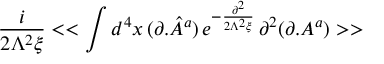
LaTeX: \frac { i } { 2 \Lambda ^ { 2 } \xi } < < \int d ^ { 4 } x \, ( \partial . { \hat { A } } ^ { a } ) \, e ^ { - \frac { \partial ^ { 2 } } { 2 \Lambda ^ { 2 } \xi } } \, \partial ^ { 2 } ( \partial . A ^ { a } ) > >